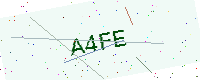
Text: A4FE